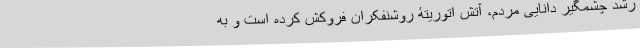
رشد چشمگیر دانایی مردم، آتش اتوریتۀ روشنفکران فروکش کرده است و به